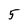
Character: 5